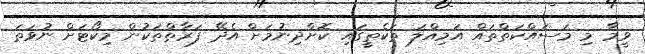
ވީމާ މި މަސައްކަތްތައް އަމިއްލަ ތަކެތީގައި ކޮށްދިނުމަށް އެދޭ ފަރާތްތަކުން މިކޯޓަށް ނުވަތަ